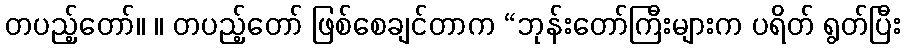
တပည့်တော်။ ။ တပည့်တော် ဖြစ်စေချင်တာက “ဘုန်းတော်ကြီးများက ပရိတ် ရွတ်ပြီး